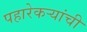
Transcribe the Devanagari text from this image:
पहारेकर्‍यांची